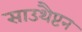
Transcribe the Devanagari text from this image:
साउथैप्टन